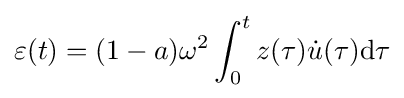
\varepsilon (t)=(1-a)\omega ^{2}\int _{0}^{t}z(\tau ){\dot {u}}(\tau )\mathrm {d} \tau